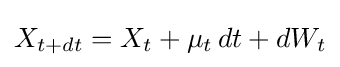
X_{t+dt}=X_{t}+\mu _{t}\,dt+dW_{t}